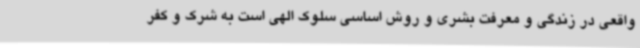
واقعی در زندگی و معرفت بشری و روش اساسی سلوک الهی است به شرک و کفر